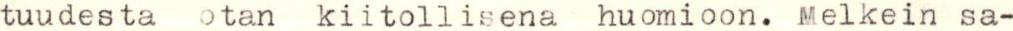
tuudesta otan kiitollisena huomioon. Melkein sa-